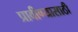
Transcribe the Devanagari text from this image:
प्रावीण्यासाठी